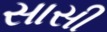
સાસી